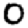
Digit: 0